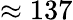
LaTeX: \approx 137